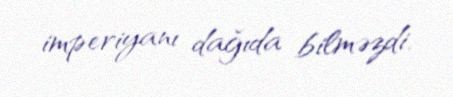
imperiyanı dağıda bilməzdi.